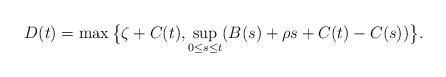
\begin{align*}D(t)=\max\big\{\zeta+C(t),\sup_{0\leq s \leq t}(B(s)+\rho s+C(t)-C(s))\big\}.\end{align*}